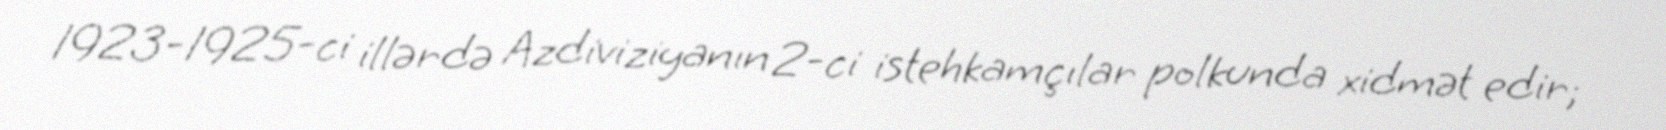
1923-1925-ci illərdə Azdiviziyanın 2-ci istehkamçılar polkunda xidmət edir;